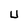
Character: U